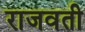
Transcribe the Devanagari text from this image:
राजवती